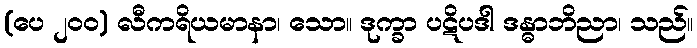
(ပေ ၂၀၀) လီကရိယမာနာ၊ သော။ ဒုက္ခာ ပဋိပဒါ ဒန္ဓာဘိညာ၊ သည်။